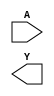

module IVX1_CV(A, Y);
   input A;
   output Y;
endmodule


module NDX1_CV(A, B, Y);
   input A,B;
   output Y;
endmodule


module NRX1_CV(A, B, Y);
   input A,B;
   output Y;
endmodule


module DFSRQNX1_CV(D,CK,S, R, Q, QN);
   input D,CK,S,R;
   output Q,QN;

endmodule